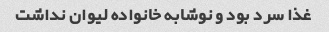
غذا سرد بود و نوشابه خانواده لیوان نداشت